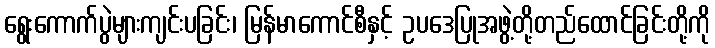
ရွေးကောက်ပွဲများကျင်းပခြင်း၊ မြန်မာကောင်စီနှင့် ဥပဒေပြုအဖွဲ့တို့တည်ထောင်ခြင်းတို့ကို